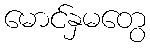
မောင်နှမတွေ